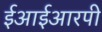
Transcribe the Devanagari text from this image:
ईआईआरपी